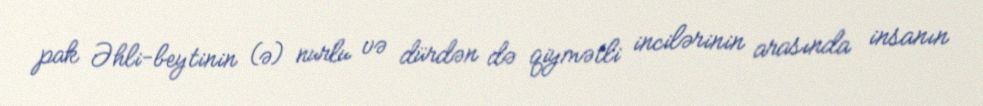
pak Əhli-beytinin (ə) nurlu və dürdən də qiymətli incilərinin arasında insanın